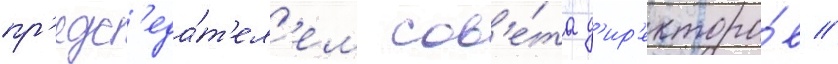
пр'едс'еда́т'ел'ем сов'е́та д'ир'екторо́в //